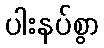
ပါးနပ်စွာ